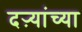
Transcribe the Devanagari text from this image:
दऱ्यांच्या